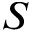
S